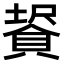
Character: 𧷀